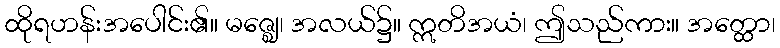
ထိုရဟန်းအပေါင်း၏။ မဇ္ဈေ၊ အလယ်၌။ ဣတိအယံ၊ ဤသည်ကား။ အတ္ထော၊